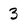
Character: 3